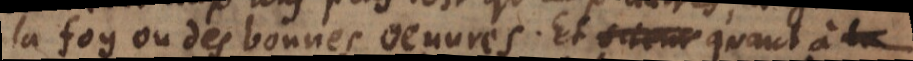
la foy ou des bonnes oeuvres. Et quand à